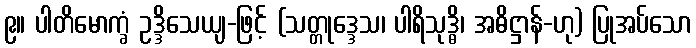
၉။ ပါတိမောက္ခံ ဥဒ္ဒိသေယျ-ဖြင့် (သတ္တုဒ္ဒေသ၊ ပါရိသုဒ္ဓိ၊ အဓိဋ္ဌာန်-ဟု) ပြုအပ်သော